Punjab Mental Hospital Lahore 1922-31 - 1922-1931
Year: 1922
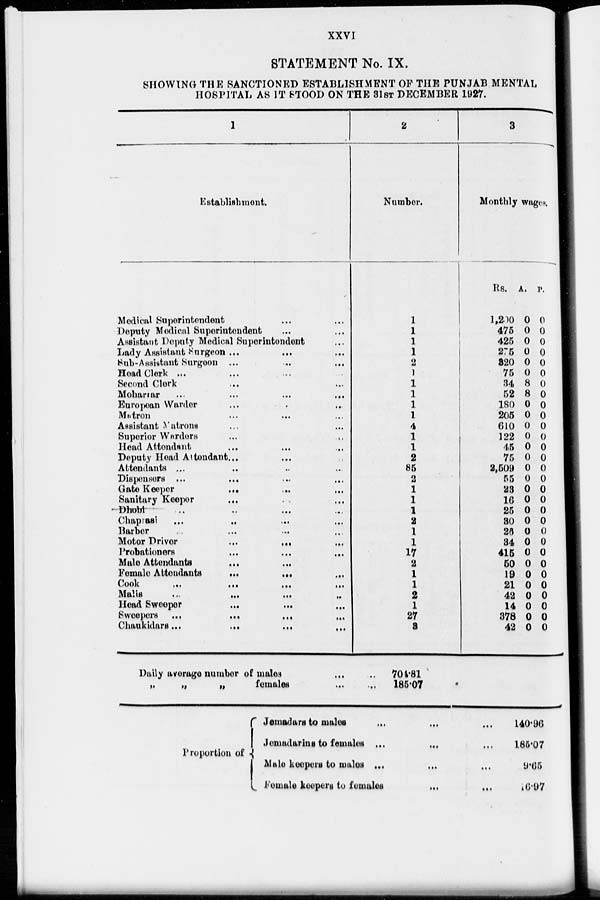
XXVI
STATEMENT No. IX.
SHOWING THE SANCTIONED ESTABLISHMENT OF THE PUNJAB MENTAL
HOSPITAL AS IT STOOD ON THE 31ST DECEMBER 1927.
1
Establishment.
Medical Superintendent
...
...
Deputy Medical Superintendent
... ...
Assistant Deputy Medical Superintendent
...
Lady Assistant Surgeon ...
...
...
Sub-Assistant Surgeon ...
...
...
Head Clerk ...
...
...
Second Clerk
...
Mohariar
...
...
...
...
European Warder
...
...
...
Matron
...
...
...
...
Assistant
Matrons
...
...
Superior Warders
...
...
Head Attendant
...
...
..
Deputy Head Attendant
...
...
...
Attendants ...
...
...
...
Dispensers ...
...
...
...
Gate Keeper ... ... ...
Sanitary Keeper ... ... ...
Dhobi
...
...
...
...
Chaprasi
...
...
...
...
Barber
...
...
...
...
Motor Driver
...
... ...
Probationers
...
... ...
Male Attendants
...
...
Female Attendants
...
...
...
Cook
...
...
...
...
Malis
...
...
...
..
Head Sweeper
...
...
Sweepers
...
...
Chaukidars ... ... ... ...
2
Number.
1
1
1
1
2
1
1
1
1
1
4
1
1
2
85
2
1
1
1
2
1
1
17
2
1
1
2
1
27
8
Daily average number of males ... ...
„
„
„
females
...
...
3
Monthly wages.
Rs.
1,200
475
425
275
320
75
34
52
180
205
610
122
45
75
2,509
55
28
16
25
30
26
34
415
50
19
21
42
14
378
42
A.
0
0
0
0
0
0
8
8
0
0
0
0
0
0
0
0
0
0
0
0
0
0
0
0
0
0
0
0
0
0
P.
0
0
0
0
0
0
0
0
0
0
0
0
0
0
0
0
0
0
0
0
0
0
0
0
0
0
0
0
0
0
704.81
185.07
Proportion of
Jemadars to males ... ... ...
Jemadarins to females ... ... ...
Male keepers to males ... ... ...
Female keepers to females
...
...
140.86
185.07
9.65
16.97